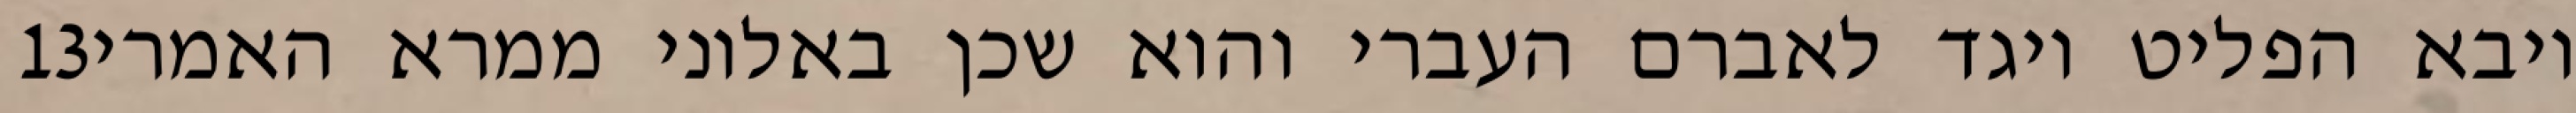
‎13‏ ויבא הפליט ויגד לאברם העברי והוא שכן באלוני ממרא האמרי